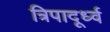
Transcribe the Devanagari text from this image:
त्रिपादूर्ध्व